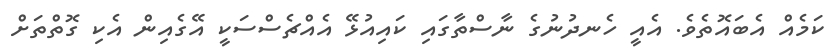
ކަމެއް އެބައޮތެވެ. އެއީ ހެނދުނުގެ ނާސްތާގައި ކައިއުޅޭ އެއްޗެސްސަކީ އޭގެއިން އެކި ގޮތްތަށް